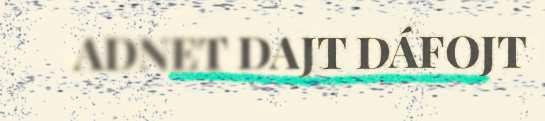
ADNET DAJT DÁFOJT